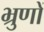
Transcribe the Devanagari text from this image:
भ्रुणों